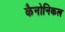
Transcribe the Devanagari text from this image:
कैनोनिकल